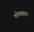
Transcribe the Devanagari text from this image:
कोलाताल